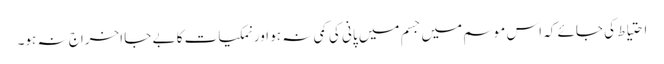
احتیاط کی جائے کہ اس موسم میں جسم میں پانی کی کمی نہ ہو اور نمکیات کا بے جا اخراج نہ ہو۔